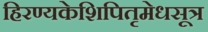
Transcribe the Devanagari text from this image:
हिरण्यकेशिपितृमेधसूत्र